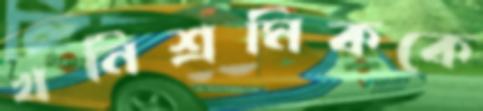
খনিশ্রমিককে